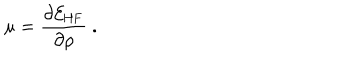
\mu = \frac { \partial { \cal E } _ { \mathrm { H F } } } { \partial \rho } \ .